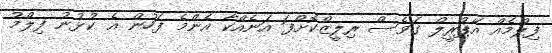
ފިލްމެއް އޭޕްރީލް ގަވެސް ރިލީޒްކޮށްފަ އަނެއްކާ އެންމެ ފަހުން އެ ކުޅުނު ފިލްމު